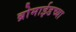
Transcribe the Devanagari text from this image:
ब्रोमाईडच्या